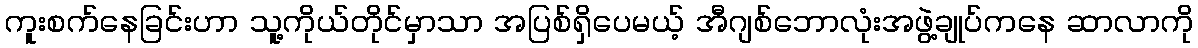
ကူးစက်နေခြင်းဟာ သူ့ကိုယ်တိုင်မှာသာ အပြစ်ရှိပေမယ့် အီဂျစ်ဘောလုံးအဖွဲ့ချုပ်ကနေ ဆာလာကို